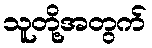
သူတို့အတွက်